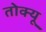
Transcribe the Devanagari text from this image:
तोक्यू